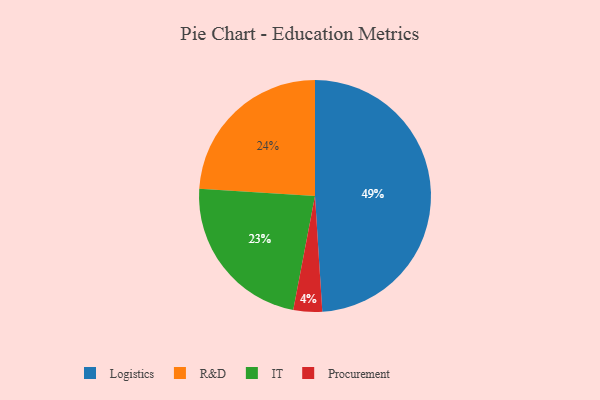
{"axis": {"x": "Category", "y": "Percentage"}, "legend": ["IT", "Logistics", "Procurement", "R&D"], "data": [{"x": "IT", "y": 23, "type": "IT"}, {"x": "Logistics", "y": 49, "type": "Logistics"}, {"x": "Procurement", "y": 4, "type": "Procurement"}, {"x": "R&D", "y": 24, "type": "R&D"}]}